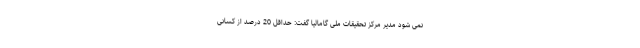
نمی شود مدیر مرکز تحقیقات ملی گامالیا گفت: حداقل 20 درصد از کسانی